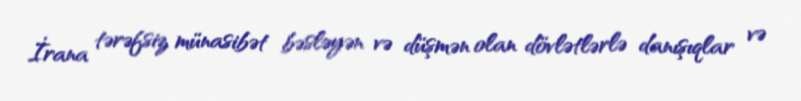
İrana tərəfsiz münasibət bəsləyən və düşmən olan dövlətlərlə danışıqlar və